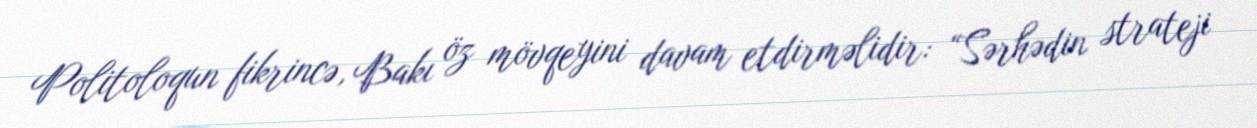
Politoloqun fikrincə, Bakı öz mövqeyini davam etdirməlidir: “Sərhədin strateji